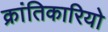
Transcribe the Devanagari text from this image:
क्रांतिकारियो